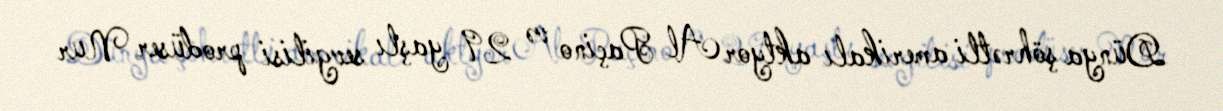
Dünya şöhrətli amerikalı aktyor Al Paçino və 29 yaşlı sevgilisi prodüser Nur